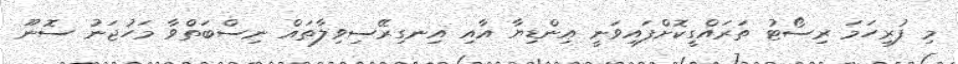
މި ފުރިހަމަ ރިސޯޓު ތަރައްގީކޮށްފައިވަނީ އިންޑިޔާ އާއި އިނގިރޭސިވިލާތައް ނިސްބަތްވާ މަހުޖަނު ސޮނޫ